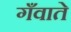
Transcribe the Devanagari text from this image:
गँवाते